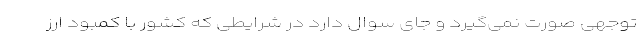
توجهی صورت نمی‌گیرد و جای سوال دارد در شرایطی که کشور با کمبود ارز